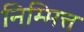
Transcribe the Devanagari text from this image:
निम्मित्त